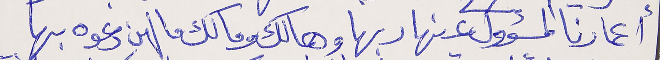
أعمارنا المسؤول عنها ربها وهالك ومالك ما لهن دعوه بها